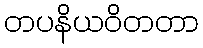
တပနိယဝိတတာ